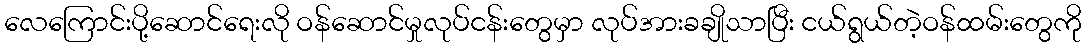
လေကြောင်းပို့ဆောင်ရေးလို ဝန်ဆောင်မှုလုပ်ငန်းတွေမှာ လုပ်အားခချိုသာပြီး ငယ်ရွယ်တဲ့ဝန်ထမ်းတွေကို